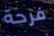
فرحة